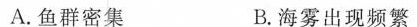
A.鱼群密集 B.海雾出现频繁